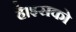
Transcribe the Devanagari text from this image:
है।इसको